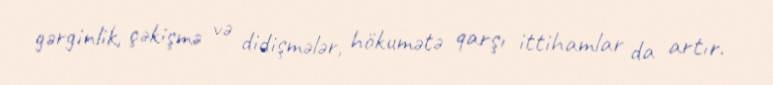
gərginlik, çəkişmə və didişmələr, hökumətə qarşı ittihamlar da artır.